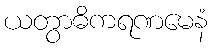
ယတွာဓိကရဏမေနံ